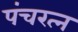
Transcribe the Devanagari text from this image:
पंचरत्‍न